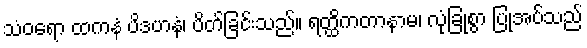
သံဝရော ထကနံ ပိဒဟနံ၊ ပိတ်ခြင်းသည်။ ရတ္ထိကတာနာမ၊ လုံခြုံစွာ ပြုအပ်သည်